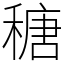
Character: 䅯